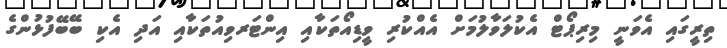
ތިރީގައި އެވަނީ މިރިޕޯޓް އެކުލަވާލުމަށް އެއްކުރި ވީޑިއޯތަކާއި އިންޓަރވިއުތަކާއި އަދި އެކި ބޭބޭފުޅުންގެ